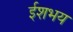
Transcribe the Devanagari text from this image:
ईशभय